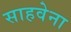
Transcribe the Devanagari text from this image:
साहवेना